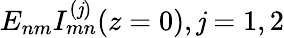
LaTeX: E_{nm}I_{mn}^{(\mathit{j})}(z=0),\mathit{j}=1,2